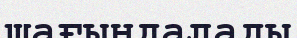
шағындалады